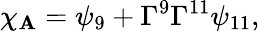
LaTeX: {\chi_{\mathbf{A}}=\psi_{9}+\Gamma^{9}\Gamma^{11}\psi_{11},}